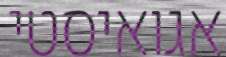
אגואיסטי